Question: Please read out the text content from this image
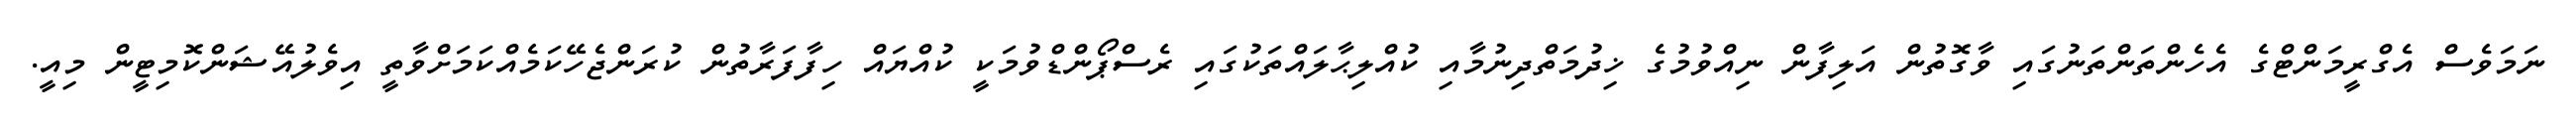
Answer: ނަމަވެސް އެގްރީމަންޓްގެ އެހެންތަންތަނުގައި ވާގޮތުން އަލިފާން ނިއްވުމުގެ ޚިދުމަތްދިނުމާއި ކުއްލިޙާލައްތަކުގައި ރެސްޕޯންޑްވުމަކީ ކުއްޔައް ހިފާފަރާތުން ކުރަންޖެހޭކަމެއްކަމަށްވާތީ އިވެލުއޭޝަންކޮމިޓީން މިއީ.